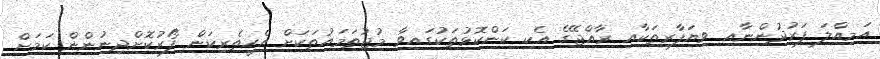
އަމިއްލަ ފަރުދުންނާއި ވިޔަފާރިތަކާއި ރާއްޖޭގެ އެކި ކަންކޮޅުތަކުގައިވާ މުޖުތަމައުތަކަށް އެހީތެރިކަން ފޯރުކޮށްދިނުންން ކަމަށް